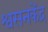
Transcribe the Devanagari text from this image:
श्वसनकेंद्र